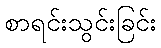
စာရင်းသွင်းခြင်း